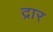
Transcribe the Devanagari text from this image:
द्रार